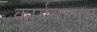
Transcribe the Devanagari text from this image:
कार्ययालय